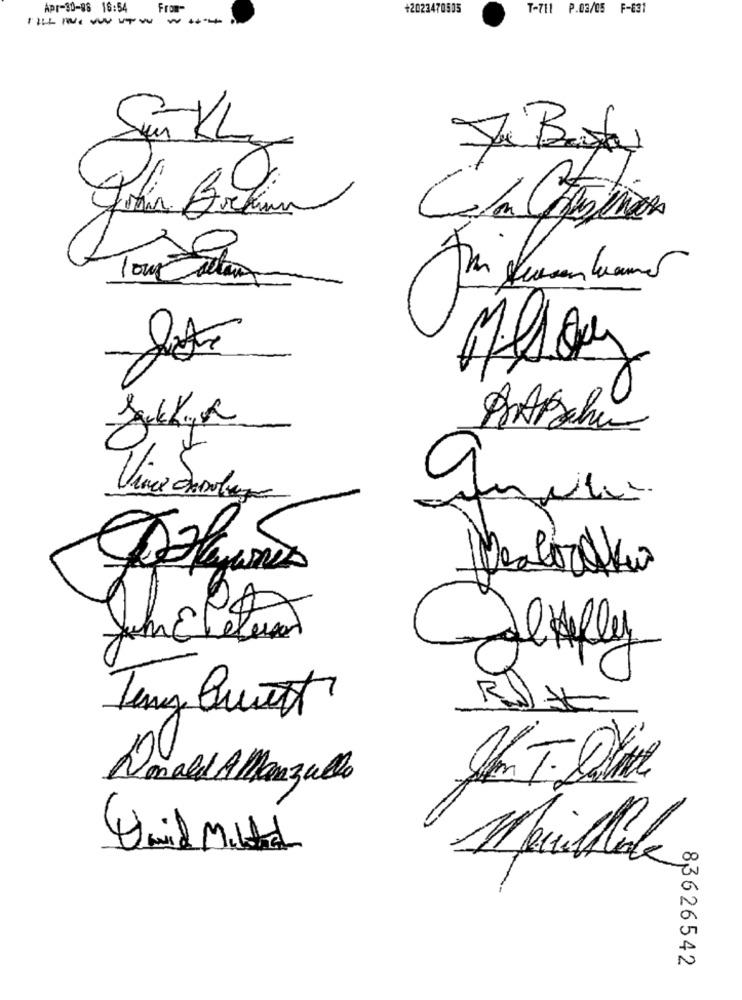
Apr-30-88 16:54
From-
+2023470505
T-711 P.03/05 F-631
Sur Kly
Tour tutun
Jum Etele
Donald AMarzullo
83626542